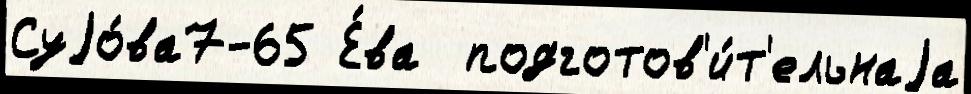
Суjо́ва7-65 Е́ва  подготов'и́т'ельнаjа